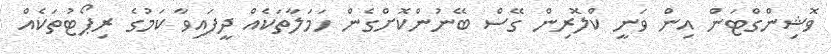
ވޮޝިންގްޓަން އިން ވަނީ ކްލޮރިން ގޭސް ބޭނުންކޮށްގެން ހަމަލާތަކެއް ދީފައިވާ ކަމުގެ ރިޕޯޓުތަކެއް